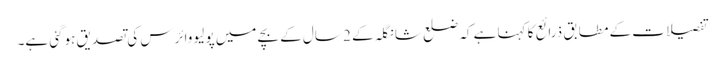
تفصیلات کے مطابق ذرائع کا کہنا ہے کہ ضلع شانگلہ کے 2 سال کے بچے میں پولیو وائرس کی تصدیق ہوگئی ہے۔